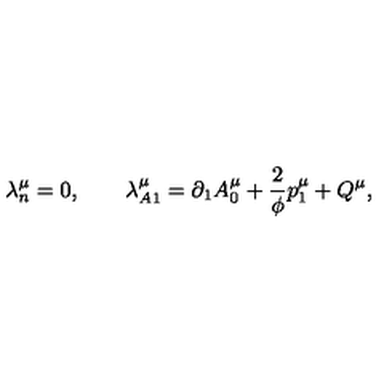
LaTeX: \lambda _ { n } ^ { \mu } = 0 , \qquad \lambda _ { A 1 } ^ { \mu } = \partial _ { 1 } A _ { 0 } ^ { \mu } + \frac 2 \phi p _ { 1 } ^ { \mu } + Q ^ { \mu } ,